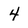
Character: 4